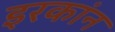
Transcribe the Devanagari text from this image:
इरकांन